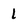
Character: 1